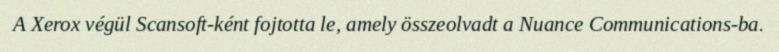
A Xerox végül Scansoft-ként fojtotta le, amely összeolvadt a Nuance Communications-ba.